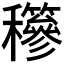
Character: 𥤇